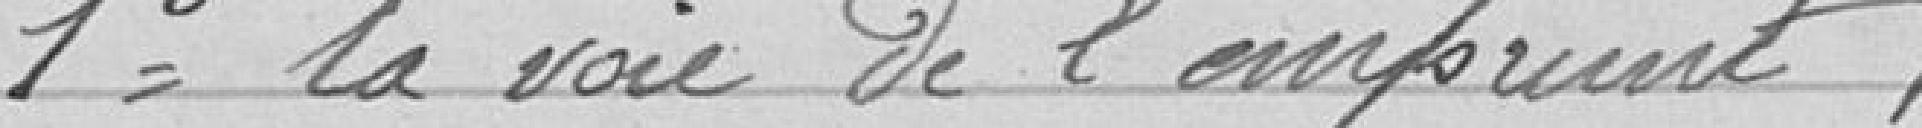
1°- la voie de l'emprunt,